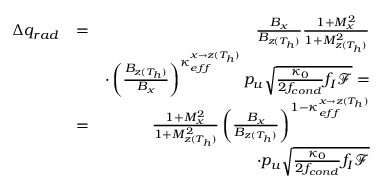
\begin{array} { r l r } { \Delta q _ { r a d } } & { = } & { \frac { B _ { x } } { B _ { z ( T _ { h } ) } } \frac { 1 + M _ { x } ^ { 2 } } { 1 + M _ { z ( T _ { h } ) } ^ { 2 } } } \\ & { ~ } & { \cdot \left( \frac { B _ { z ( T _ { h } ) } } { B _ { x } } \right) ^ { \kappa _ { e f f } ^ { x \rightarrow z ( T _ { h } ) } } p _ { u } \sqrt { \frac { \kappa _ { 0 } } { 2 f _ { c o n d } } f _ { I } \mathcal { F } } = } \\ { ~ } & { = } & { \frac { 1 + M _ { x } ^ { 2 } } { 1 + M _ { z ( T _ { h } ) } ^ { 2 } } \left( \frac { B _ { x } } { B _ { z ( T _ { h } ) } } \right) ^ { 1 - \kappa _ { e f f } ^ { x \rightarrow z ( T _ { h } ) } } } \\ & { ~ } & { \cdot p _ { u } \sqrt { \frac { \kappa _ { 0 } } { 2 f _ { c o n d } } f _ { I } \mathcal { F } } } \end{array}